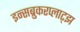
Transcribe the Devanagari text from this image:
इन्सब्रुकरप्लाट्झ